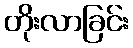
တိုးလာခြင်း